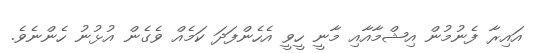
އައިރާ ފެނުމުން އިޝްމާއާއި މާނީ ހީވީ އެހެންފަދަ ކަމެއް ވެގެން އުޅުނު ހެންނެވެ.